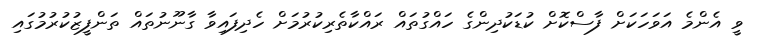
ވީ އެންމެ އަވަހަކަށް ފާސްކޮށް ކުޑަކުދިންގެ ހައްގުތައް ރައްކާތެރިކުރުމަށް ހެދިފައިވާ ގާނޫނުތައް ތަންފީޒުކުރުމުގައި